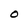
Character: O